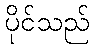
ပိုင်သည်